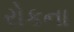
રોકના